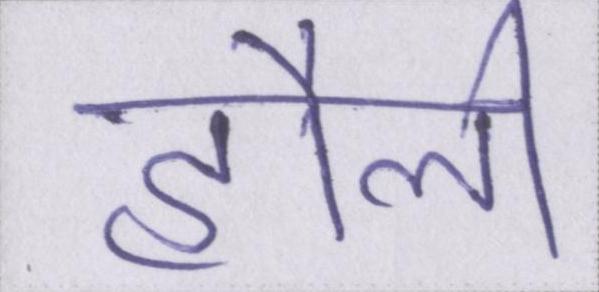
हौली